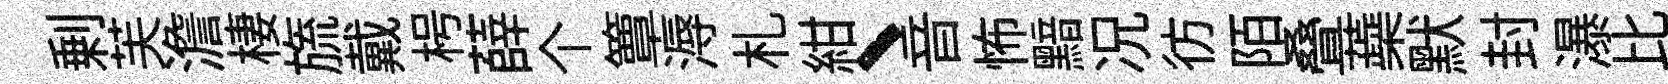
剰芙澹棲旒戴枵薛个簟溽札紺、音怖黯况彷陌叠蘃默封瀑比